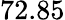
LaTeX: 72.85